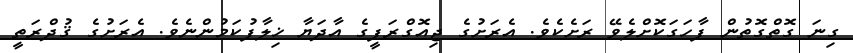
ގިނަ ގޮތްގޮތުން ފާހަގަކޮށްލެވޭ ރަށެކެވެ. އެރަށުގެ ޖިއޮގްރަފީގެ އާދަޔާ ޚިލާފުކަމުންނެވެ. އެރަށުގެ ޤުދްރަތީ